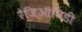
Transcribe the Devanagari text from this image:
रेजिऑनिडी